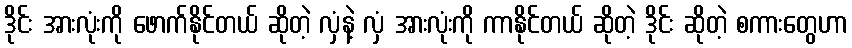
ဒိုင်း အားလုံးကို ဖောက်နိုင်တယ် ဆိုတဲ့ လှံနဲ့ လှံ အားလုံးကို ကာနိုင်တယ် ဆိုတဲ့ ဒိုင်း ဆိုတဲ့ စကားတွေဟာ